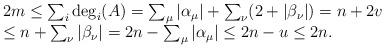
LaTeX: \begin{align*}\begin{array}{l}2m\le\sum_i\deg_i(A)=\sum_\mu|\alpha_\mu|+\sum_\nu(2+|\beta_\nu|)=n+2v\\\le n+\sum_\nu|\beta_\nu|=2n-\sum_\mu|\alpha_\mu|\le 2n-u\le 2n.\end{array}\end{align*}